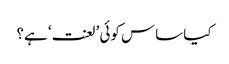
کیا ساس کوئی ’لعنت‘ ہے؟